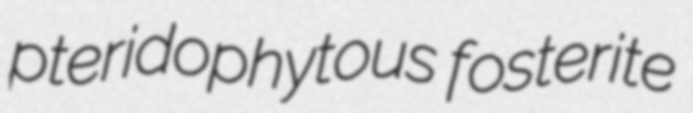
pteridophytous fosterite